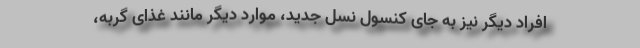
افراد دیگر نیز به جای کنسول نسل جدید، موارد دیگر مانند غذای گربه،